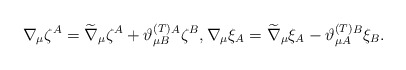
\begin{align*}\nabla _{\mu }\zeta ^{A}=\widetilde{\nabla }_{\mu }\zeta ^{A}+\vartheta_{\mu B}^{{\footnotesize (T)}}{}^{A}\zeta ^{B},\nabla _{\mu }\xi_{A}=\widetilde{\nabla }_{\mu }\xi _{A}-\vartheta _{\mu A}^{{\footnotesize (T)}}{}^{B}\xi _{B}. \end{align*}